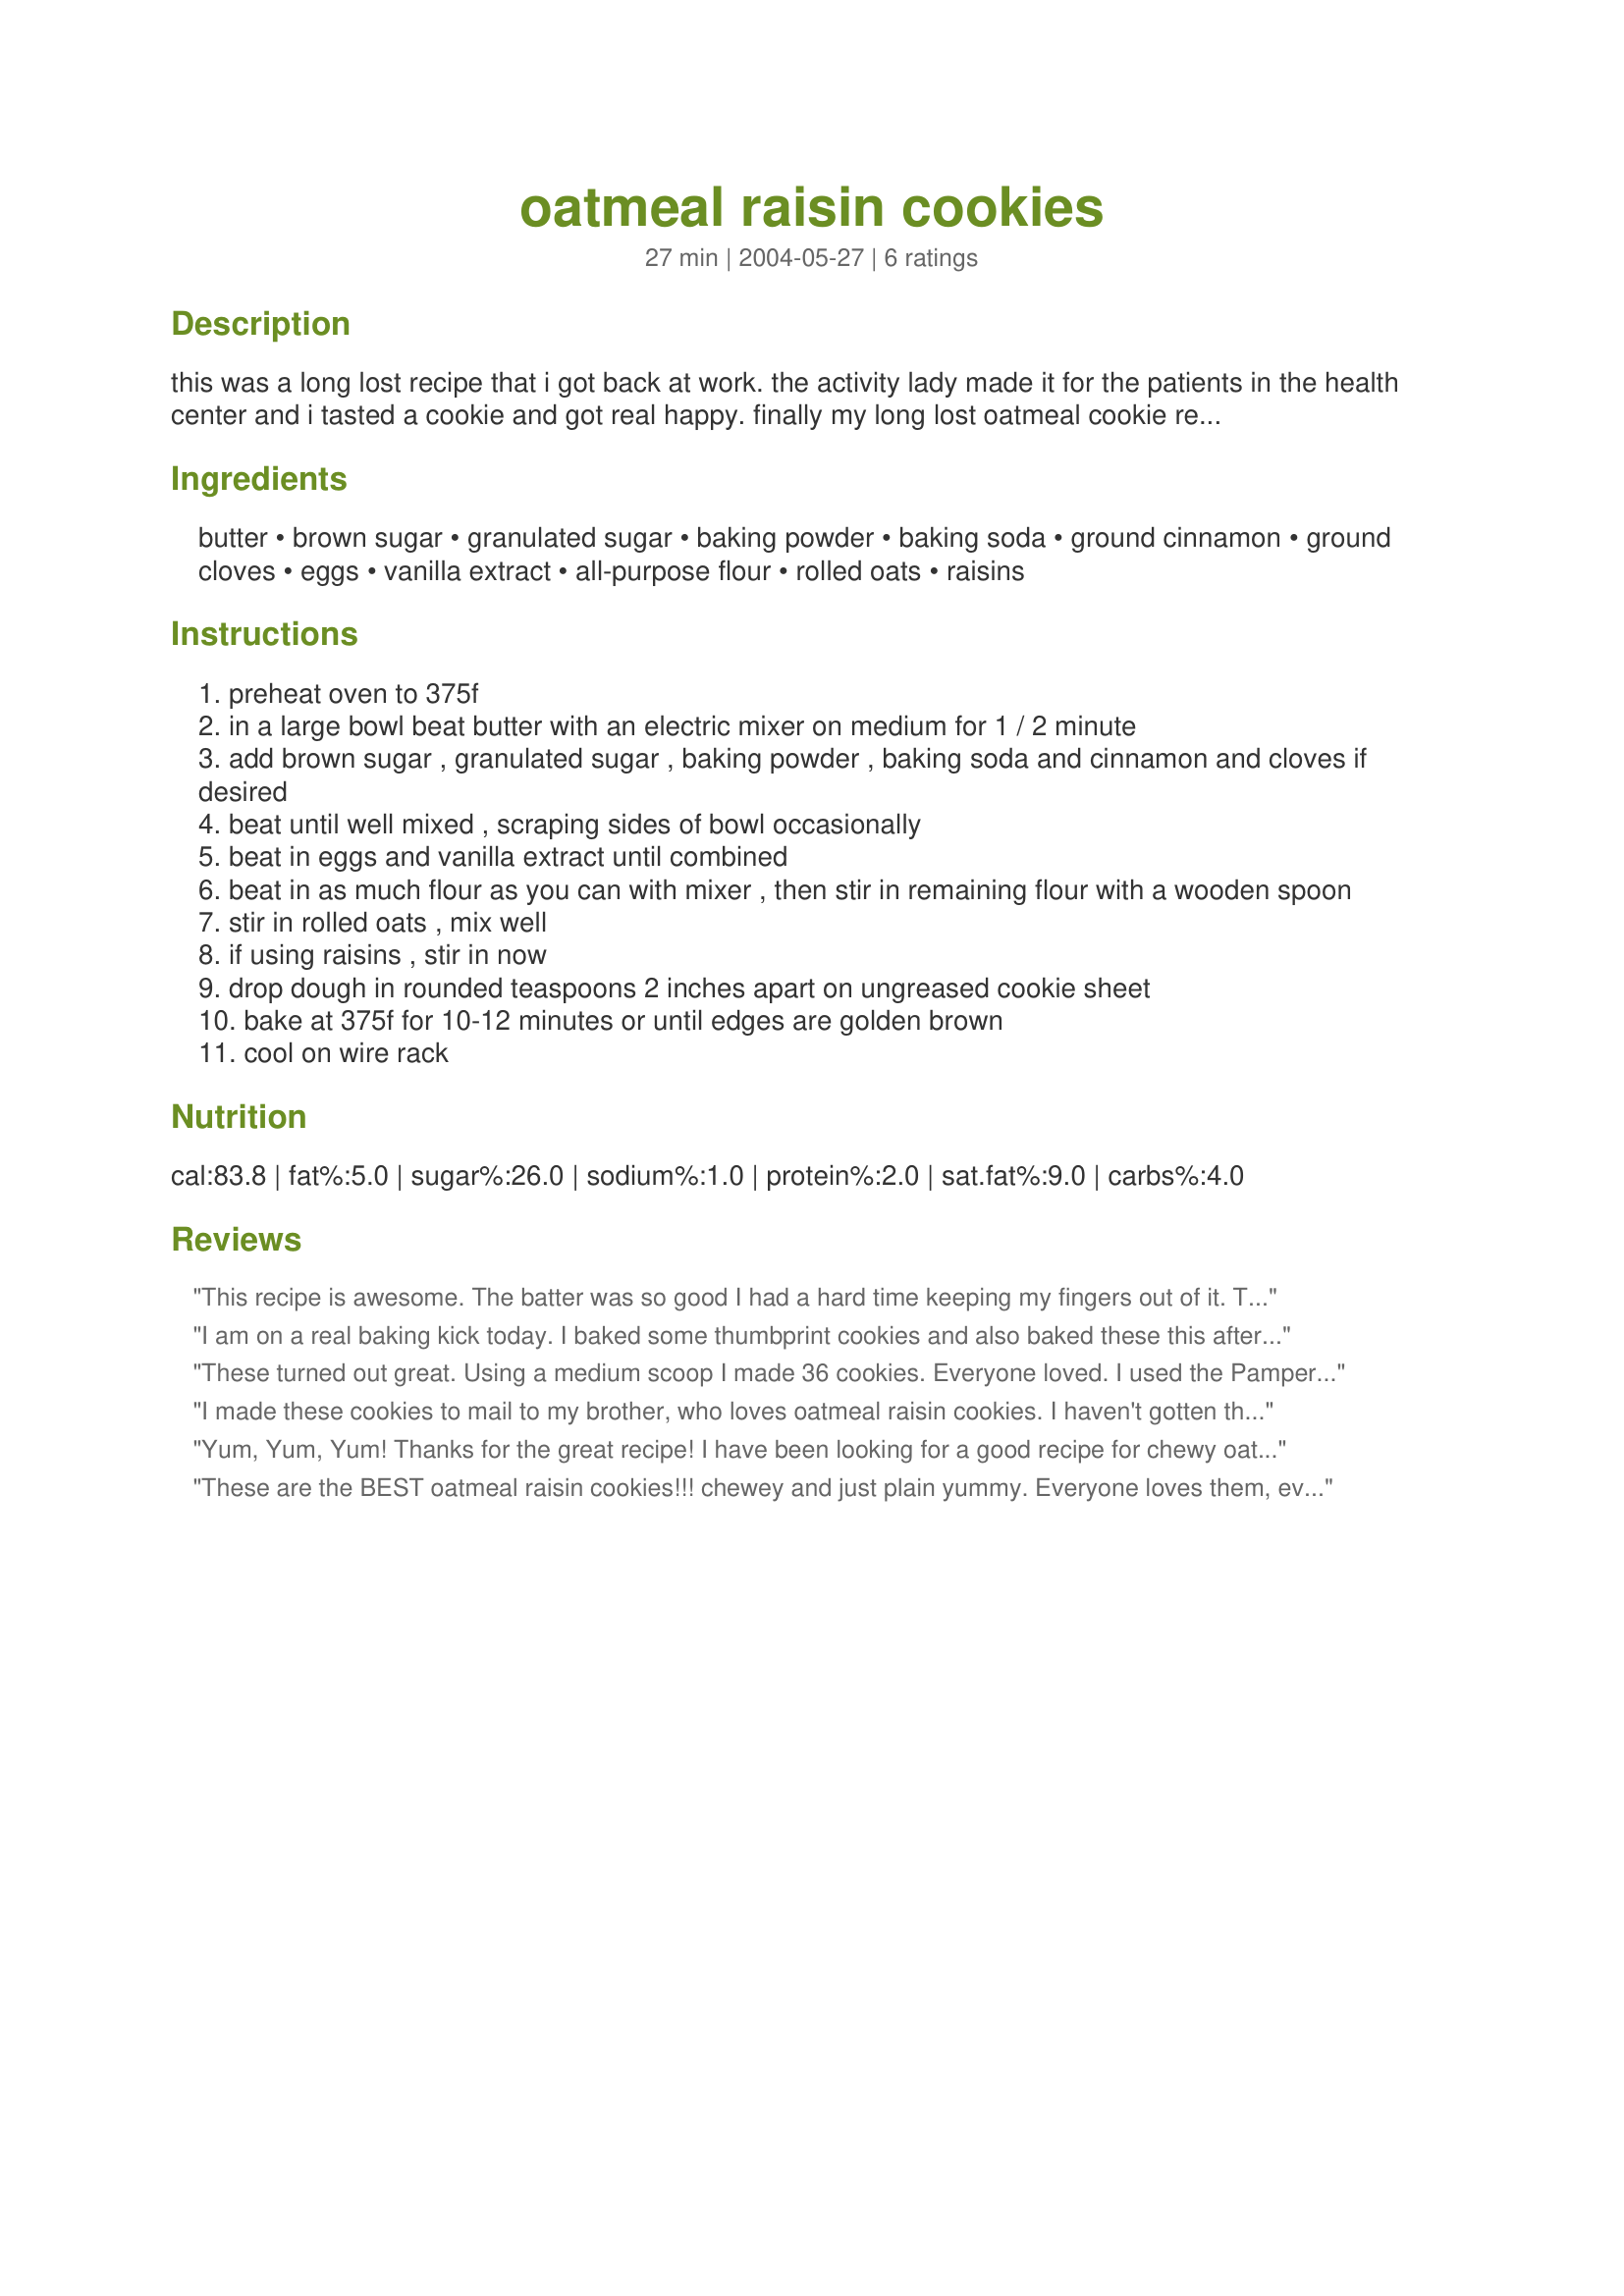
oatmeal raisin cookies
Preparation time: 27 minutes

this was a long lost recipe that i got back at work. the activity lady made it for the patients in the health center and i tasted a cookie and got real happy. finally my long lost oatmeal cookie recipe. i think it is the best! i hope you do too.

Ingredients:
butter, brown sugar, granulated sugar, baking powder, baking soda, ground cinnamon, ground cloves, eggs, vanilla extract, all-purpose flour, rolled oats, raisins

Steps:
preheat oven to 375f
in a large bowl beat butter with an electric mixer on medium for 1 / 2 minute
add brown sugar , granulated sugar , baking powder , baking soda and cinnamon and cloves if desired
beat until well mixed , scraping sides of bowl occasionally
beat in eggs and vanilla extract until combined
beat in as much flour as you can with mixer , then stir in remaining flour with a wooden spoon
stir in rolled oats , mix well
if using raisins , stir in now
drop dough in rounded teaspoons 2 inches apart on ungreased cookie sheet
bake at 375f for 10-12 minutes or until edges are golden brown
cool on wire rack

Reviews:
This recipe is awesome. The batter was so good I had a hard time keeping my fingers out of it. They were big and chewy and yummy! I will definately make them again.
I am on a real baking kick today. I baked some thumbprint cookies and also baked these this afternoon. I made as stated and included the ground cloves. I did not have dark brown sugar so I used light, and I used margarine. I got under 4 dozen because I made them a bit big. Thanks for the wonderful recipe.
These turned out great. Using a medium scoop I made 36 cookies. Everyone loved. I used the Pampered Chef cinnamon plus which as among other things has clover in it and I loved the hint of flavor that it added to the cookies. I also added 1 cup white chocolate chips instead of raisins. Nice flavor combiniation.
I made these cookies to mail to my brother, who loves oatmeal raisin cookies. I haven't gotten the "review" from him, but they smelled, looked & baked up delicious--and that's good enough for me! I also enjoyed that it used rolled oats, which I always have on hand, and half a batch yielded just enough for my brother to enjoy! I didn't use the cloves, either. Thank you for sharing!
Yum, Yum, Yum! Thanks for the great recipe! I have been looking for a good recipe for chewy oatmeal raisin cookies and this is it! I will be make these a lot, they are a huge hit with the kids!!!
These are the BEST oatmeal raisin cookies!!!
chewey and just plain yummy.
Everyone loves them, even the mail man :)
I have several requests to make more.
Thanks for the recipe!
